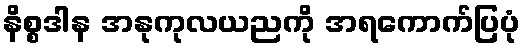
နိစ္စဒါန အနုကုလယညကို အရကောက်ပြပုံ